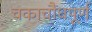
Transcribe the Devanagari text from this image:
चकाचौंधपूर्ण